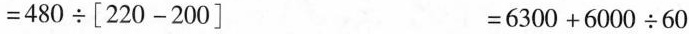
$$= 4 8 0 \div [ 2 2 0 - 2 0 0 ]$$ $$= 6 3 0 0 + 6 0 0 0 \div 6 0$$